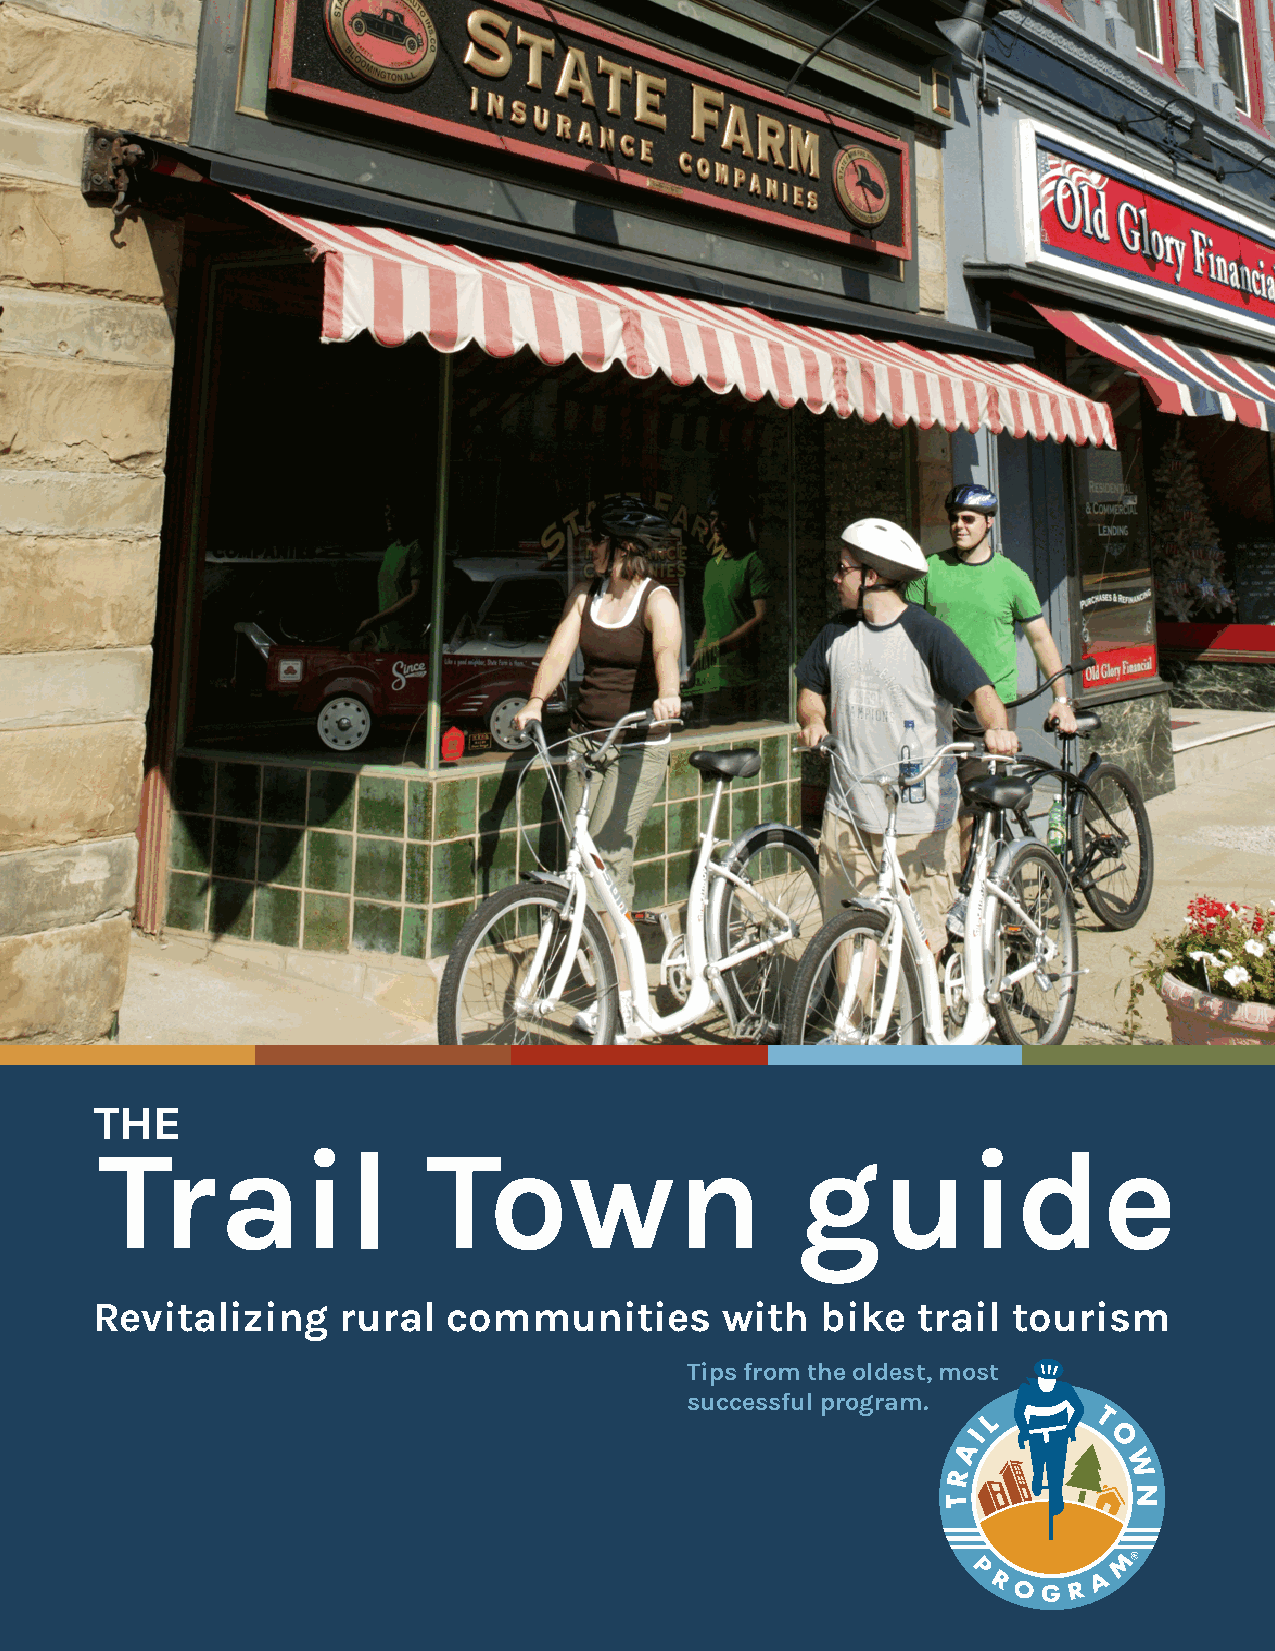
THE
 Trail                 Town                     guide
 Revitalizing    rural   communities       with  bike   trail tourism
 Tips from the oldest, most
 successful program.